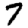
Digit: 7